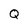
Character: Q